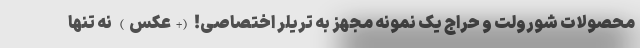
محصولات شورولت و حراج یک نمونه مجهز به تریلر اختصاصی! (+عکس) نه تنها